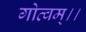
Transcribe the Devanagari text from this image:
गोत्वम्।।